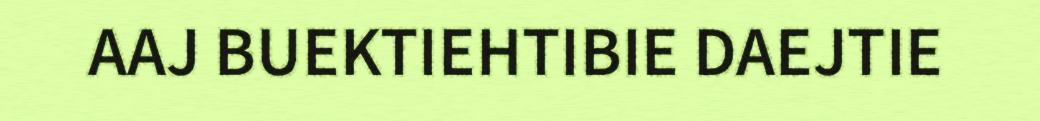
AAJ BUEKTIEHTIBIE DAEJTIE